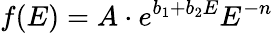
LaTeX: f(E)=A\cdot e^{b_{1}+b_{2}E}E^{-n}